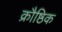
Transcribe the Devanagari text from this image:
क्रौष्ठिक